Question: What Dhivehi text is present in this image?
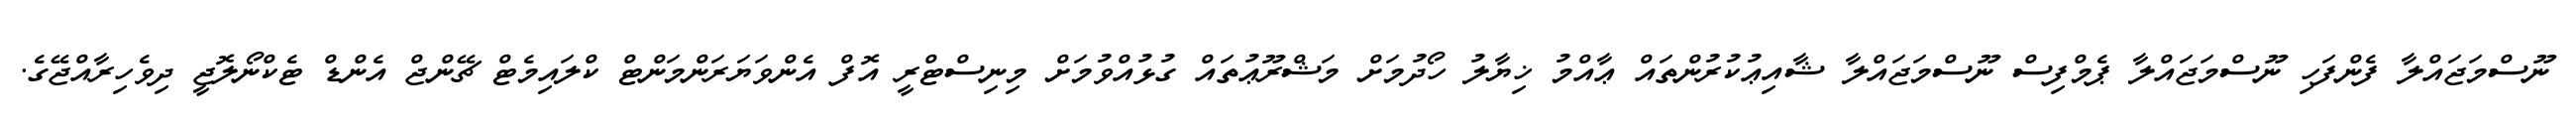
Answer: ނޫސްމަޖައްލާ ފެންފަހި ނޫސްމަޖައްލާ ޕެމްފިސް ނޫސްމަޖައްލާ ޝާއިޢުކުރުންތައް ޢާއްމު ޚިޔާލު ހޯދުމަށް މަޝްރޫޢުތައް ގުޅުއްވުމަށް މިނިސްޓްރީ އޮފް އެންވަޔަރަންމަންޓް ކްލައިމެޓް ޗޭންޖް އެންޑް ޓެކްނޯލޮޖީ ދިވެހިރާއްޖޭގެ.